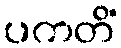
ပကတိံ